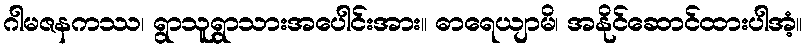
ဂါမဇနကဿ၊ ရွာသူရွာသားအပေါင်းအား။ ဓာရေယျာမိ၊ အနိုင်ဆောင်ထားပါအံ့။